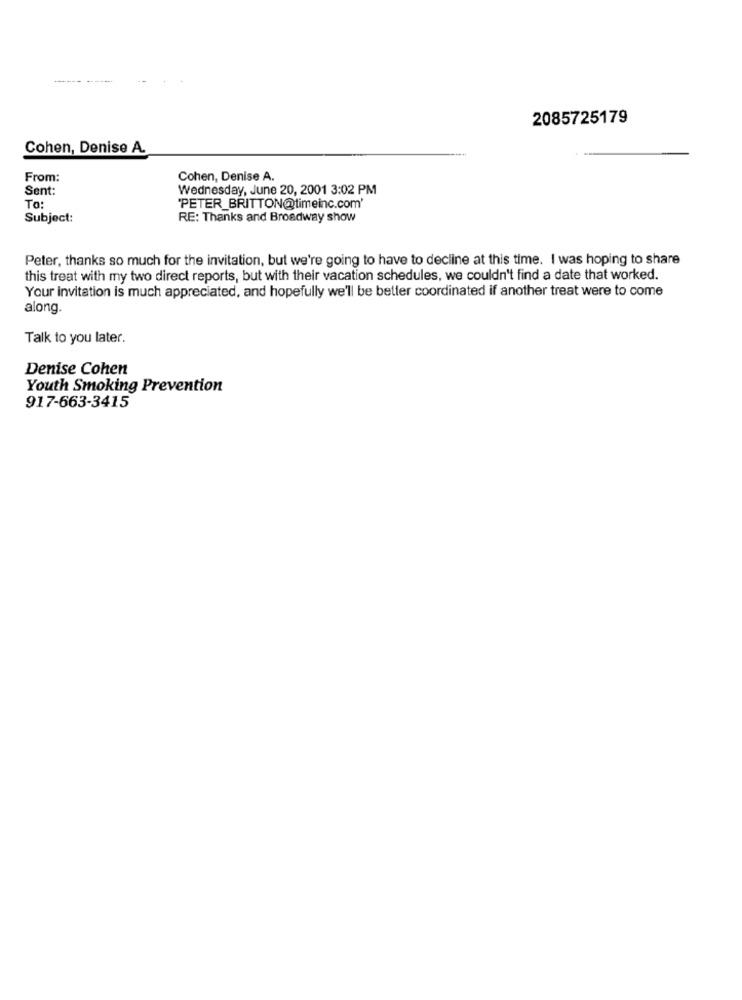
----- -----.
2085725179
Cohen, Denise A.
From:
Cohen, Denise A.
Sent:
Wednesday, June 20, 2001 3:02 PM
To:
"PETER_BRITTON@timeinc.com'
Subject:
RE: Thanks and Broadway show
Peter, thanks so much for the invitation, but we're going to have to decline at this time. I was hoping to share
this treat with my two direct reports, but with their vacation schedules, we couldn't find a date that worked.
Your invitation is much appreciated, and hopefully we'll be better coordinated if another treat were to come
along.
Talk to you later.
Denise Cohen
Youth Smoking Prevention
917-663-3415